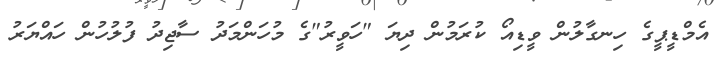
އެމްޑީޕީގެ ހިނގާލުން ވީޑިއޯ ކުރަމުން ދިޔަ "ހަވީރު"ގެ މުހަންމަދު ސާޖިދު ފުލުހުން ހައްޔަރު